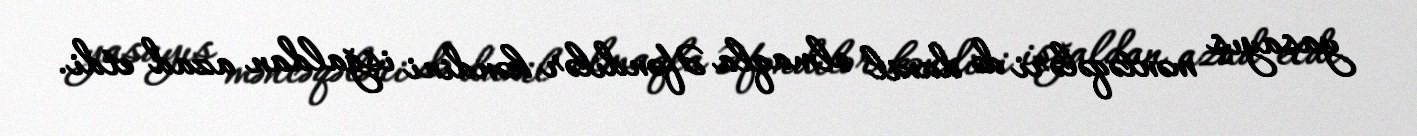
yaşayış məntəqələri də daxil olmaqla Əfəndilər kəndini işğaldan azad etdi.